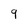
Character: 9